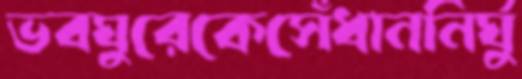
ভবঘুরেকেসেঁধাননির্ঘু